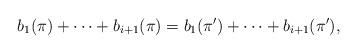
LaTeX: \begin{align*}b_1(\pi)+\dots+b_{i+1}(\pi)=b_1(\pi')+\dots+b_{i+1}(\pi'),\end{align*}